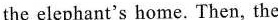
the elephant's home. Then, the